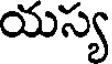
యస్య